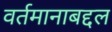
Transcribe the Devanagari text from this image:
वर्तमानाबद्दल